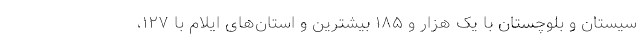
سیستان و بلوچستان با یک هزار و ۱۸۵ بیشترین و استان‌های ایلام با ۱۲۷،